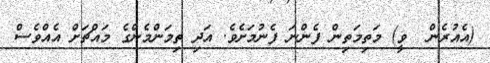
(އެއުރެން  ވީ) މަތިމަތިން ފެންނަ ފެނުމަށެވެ. އަދި ތިމަންމެންގެ މައްޗަށް އެއްވެސް